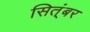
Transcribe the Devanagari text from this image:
सित्ंबर